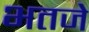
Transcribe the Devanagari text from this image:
भतजे